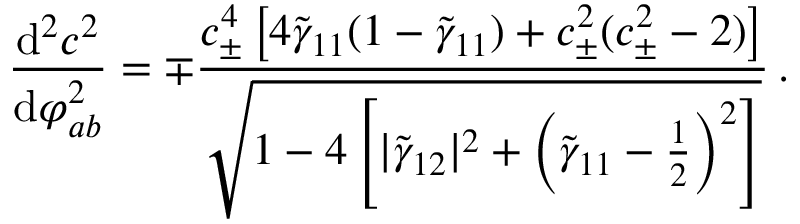
\frac { \mathrm { d } ^ { 2 } c ^ { 2 } } { \mathrm { d } \varphi _ { a b } ^ { 2 } } = \mp \frac { c _ { \pm } ^ { 4 } \left[ 4 \tilde { \gamma } _ { 1 1 } ( 1 - \tilde { \gamma } _ { 1 1 } ) + c _ { \pm } ^ { 2 } ( c _ { \pm } ^ { 2 } - 2 ) \right] } { \sqrt { 1 - 4 \left[ | \tilde { \gamma } _ { 1 2 } | ^ { 2 } + \left( \tilde { \gamma } _ { 1 1 } - \frac { 1 } { 2 } \right) ^ { 2 } \right] } } \, .